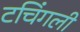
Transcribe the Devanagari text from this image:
टचिंगली